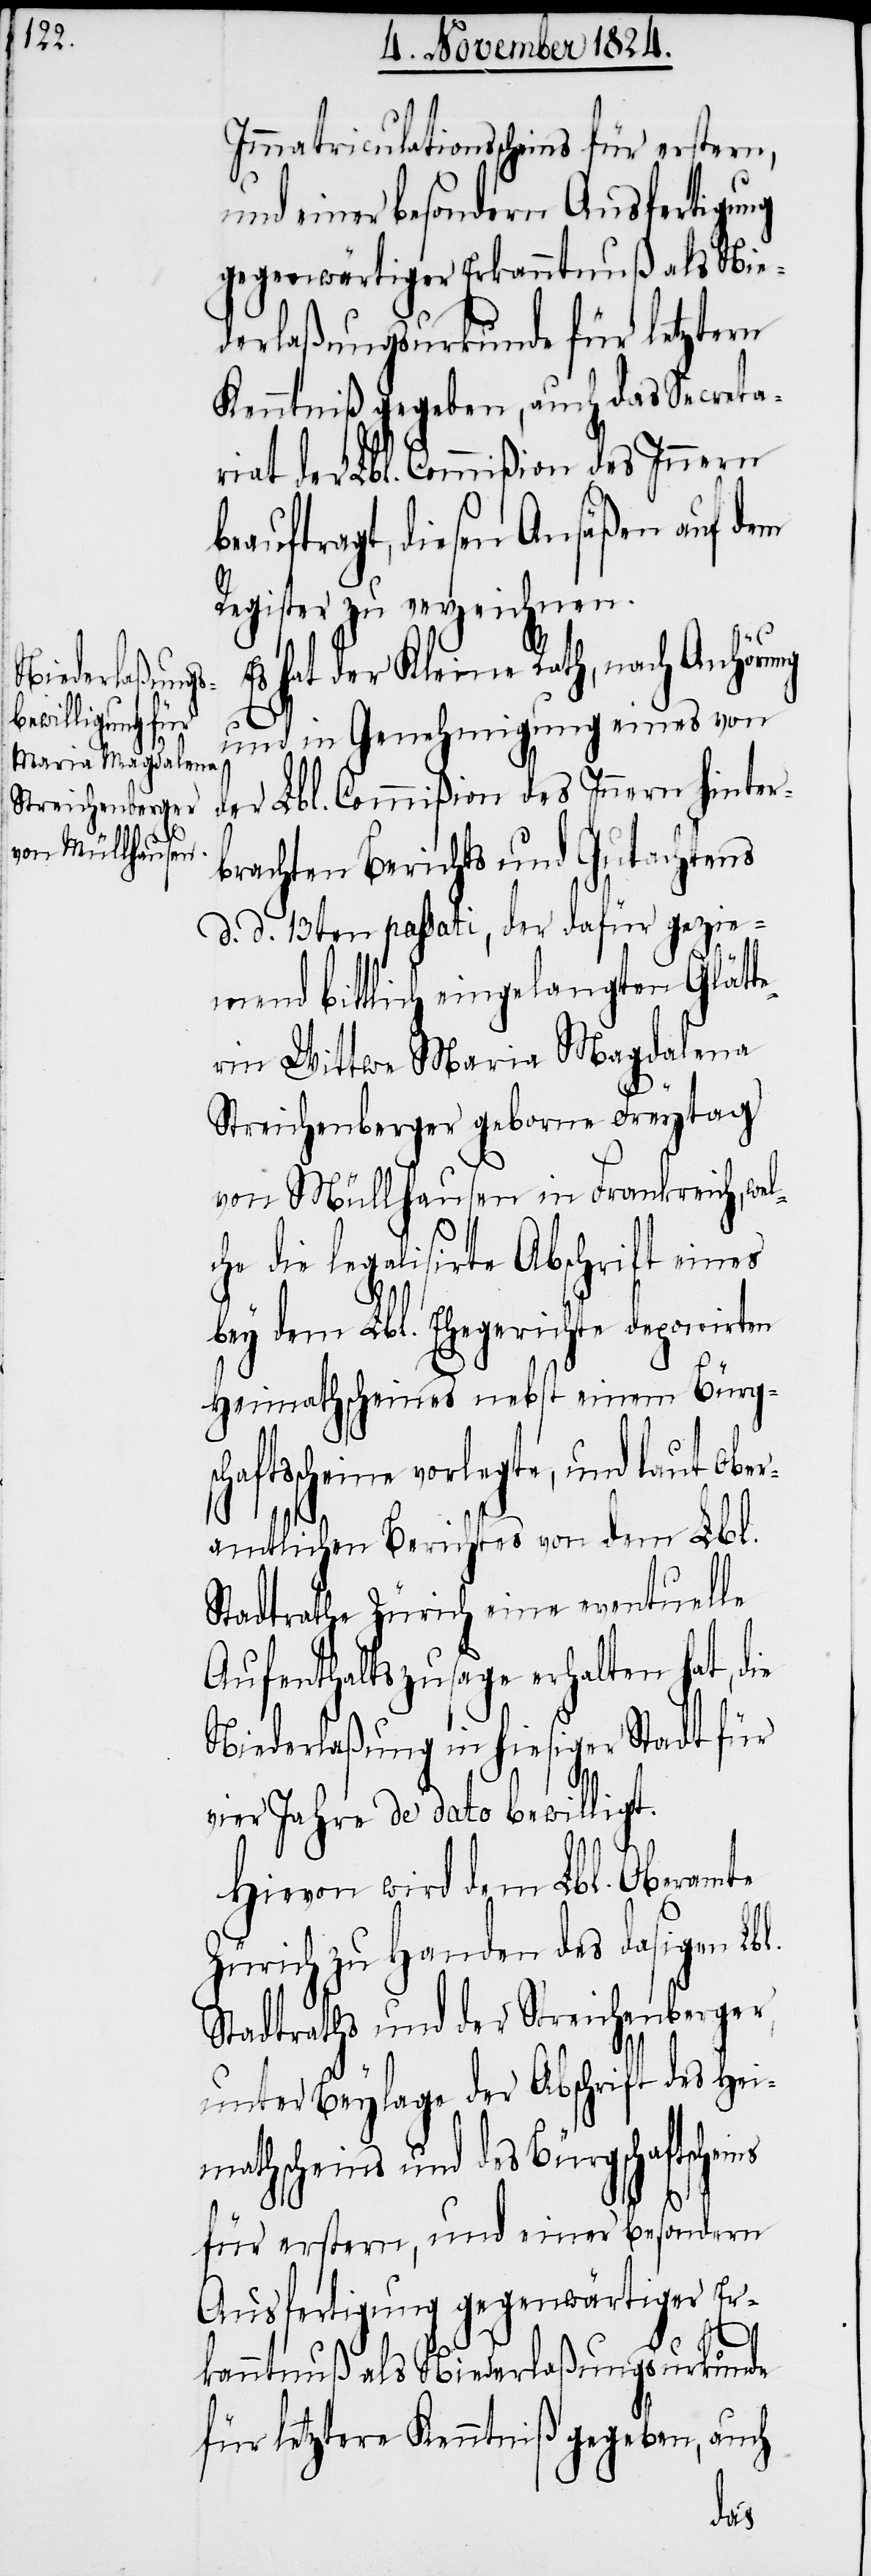
l.

Immatriculationsscheins für erstern,
und einer besondern Ausfertigung
gegenwärtiger Erkanntnuß als Nie¬
derlaßungsurkunde für letztern
Kenntniß gegeben, auch das Secreta¬
riat der Lbl. Commißion des Innern
beauftragt, diesen Ansäßen auf dem
Register zu verzeichnen.
s hat der Kleine Rath, nach Anhörung
und in Genehmigung eines von
der Lbl. Commißion des Innern hinter¬
brachten Berichts und Gutachtens
d. d. 13ten passati, der dafür gezie¬
mend bittlich eingelangten Glätt¬
erin Wittwe Maria Magdalena
Streichenberger geborne Freytag
von Müllhausen in Frankreich, wel¬
che die legalisirte Abschrift eines
bey dem Lbl. Ehegerichte deponirten
Heimathscheins nebst einem Bürgsc¬
haftsscheine vorlegte, und laut ober¬
amtlichen Berichtes von dem Lbl.
Stadtrathe Zürich eine eventuelle
Aufenthaltszusage erhalten hat, die
Niederlaßung in hiesige Stadt für
vier Jahre de dato bewilligt.
Hievon wird dem Lbl. Oberamte
Zürich zu Handen des dasigen Lb¬
Stadtraths und der Streichenberger,
unter Beylage der Abschrift des Hei¬
mathscheins und des Bürgschaftssche¬
für erstern, und einer besondern
Ausfertigung gegenwärtiger Er¬
kanntnuß als Niederlaßungsurkunde
für letztere Kenntniß gegeben, auch
ins